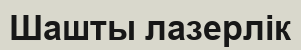
Шашты лазерлік